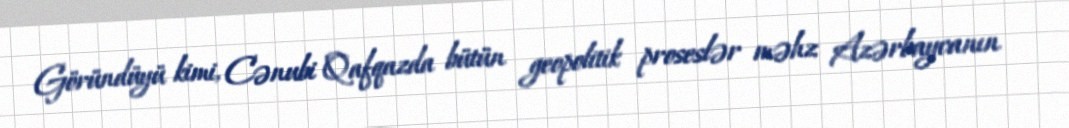
Göründüyü kimi, Cənubi Qafqazda bütün geopolitik proseslər məhz Azərbaycanın